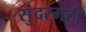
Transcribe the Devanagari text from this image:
सुंदरमठी